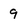
Character: 9